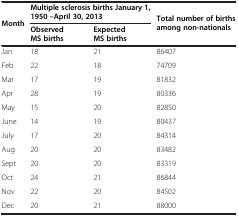
<table><thead><tr><td rowspan="2"><b>Month</b></td><td colspan="2"><b>Multiple sclerosis births January 1, 1950 –April 30, 2013</b></td><td rowspan="2"><b>Total number of births among non-nationals</b></td></tr><tr><td><b>Observed MS births</b></td><td><b>Expected MS births</b></td></tr></thead><tbody><tr><td>Jan</td><td>18</td><td>21</td><td>86407</td></tr><tr><td>Feb</td><td>22</td><td>18</td><td>74709</td></tr><tr><td>Mar</td><td>17</td><td>19</td><td>81832</td></tr><tr><td>Apr</td><td>28</td><td>19</td><td>80336</td></tr><tr><td>May</td><td>15</td><td>20</td><td>82850</td></tr><tr><td>June</td><td>14</td><td>19</td><td>80437</td></tr><tr><td>July</td><td>17</td><td>20</td><td>84314</td></tr><tr><td>Aug</td><td>20</td><td>20</td><td>83482</td></tr><tr><td>Sept</td><td>20</td><td>20</td><td>83319</td></tr><tr><td>Oct</td><td>24</td><td>21</td><td>86844</td></tr><tr><td>Nov</td><td>22</td><td>20</td><td>84502</td></tr><tr><td>Dec</td><td>20</td><td>21</td><td>88000</td></tr></tbody></table>